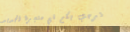
نرحب بكم في متجرنا الجديد